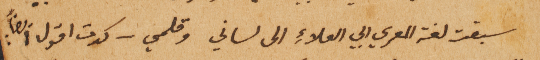
سبقت لغة المعري ابي العلاءِ الى لساني وقلمي – كدت اقول ايضاً: